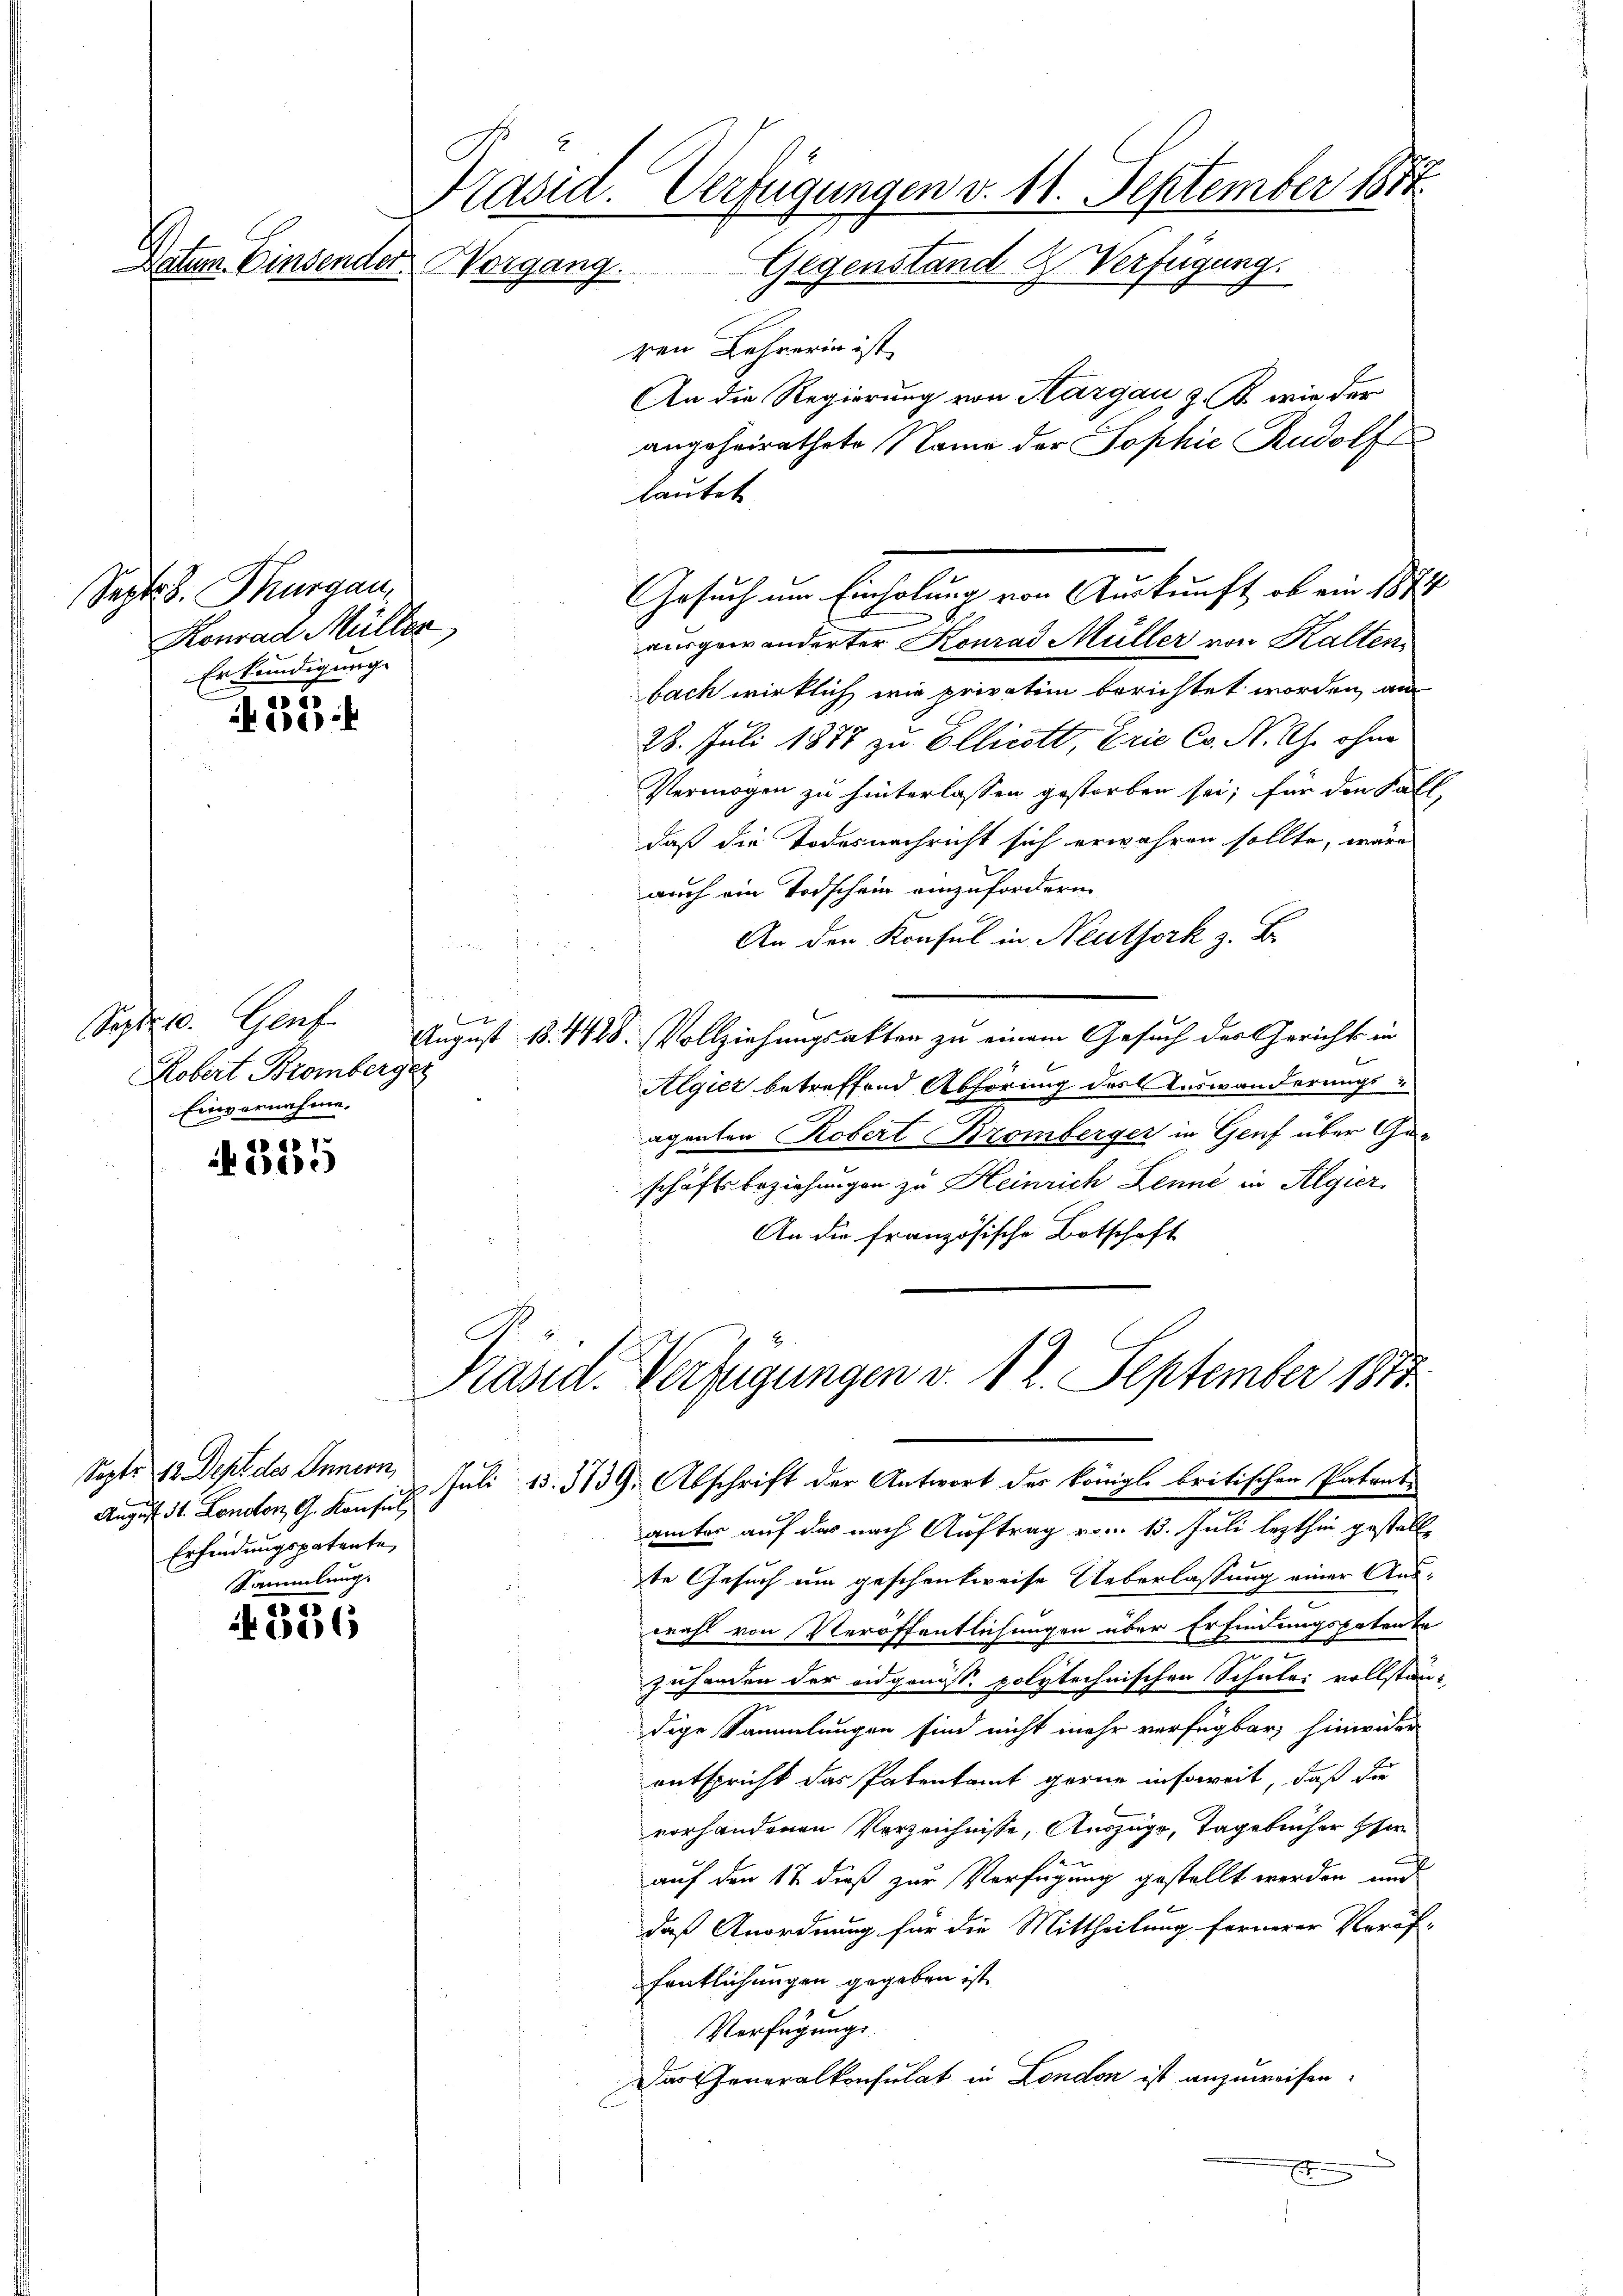
Präsid. Verfügungen d. 11. September 1877
Vater Einsender Vorgang. Gegenstand & Verfügung.

Septe s. Thurgau,
Konrad Müller
Erkundigung

28

Sept. 10. Genf
Kobert Bromberger
Einvernahme,

de
 Lini

August St. Lonoton, G. Konsul
Erfindungspatente,

Sammlung.
.
326

ren Lehrerin ist
An die Regierung von Kargau, z. B. wie der
angeheirathete Name der Sophie Rudolf
lautet
.
aurgewänderter Konrad Müller von Kalten,
bach wirklich wie privatim berichtet worden, am
28. Juli 1877 zu Ellicott, Erie Co. N. G. ohne
Vermögen zu hinterlassen gestorben sei; für den Fäll
daß die Todesnachricht sich erwähren sollte, wäre
auch ein Todschein einzufordern
An der Konsul in Neuthork z. B.

August 18. 4428. Vollziehungsakten zu einem Gesuch des Gerichts in
Algiez betreffend Abhörung des Auswanderungs-
agenten Robert Kromberger in Genf über Geschäftsbeziehungen zu Heinrich Lenne in Algier
An die französische Botschaft

Präsid. Verfügungen v. 12. September 1817

Gesuch um Einholung von Auskunft, ob ein 1871

Sept. 12 Dept des Innern, Juli 15. 3739. Abschrift der Antwort der königl. britischen Patent-
t
ämter auf das nach Auftrag vom 13. Juli lezthin gestell
te Gesuch um geschenkweise Ueberlassung einer Auswahl von Veröffentlichungen über Erfindungspatenta
zuhanden der eidgenöss. polytechnischen Schulei vollständige Sammlungen sind nicht mehr verfügbar, hinwider
entspricht das Patentant gerne insoweit, daß die
vorhandenen Verzeichnisse, Auszüge, Tagebücher Ehe
auf den 12 dieß zur Verfügung gestellt werden und
daß Anordnung für die Mittheilung fernerer Vorräf-
fentlichungen gegeben ist.
Verfügungs¬
Das Generalkonsulat in London ist anzuweisen.
C
E